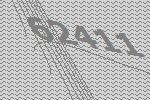
62411